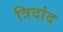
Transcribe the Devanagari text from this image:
त्रिदांद